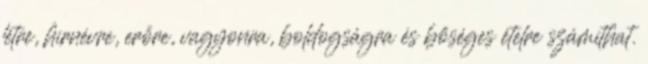
létre, hírnévre, erőre, vagyonra, boldogságra és bőséges ételre számíthat.